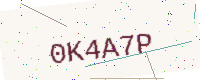
Text: 0K4A7P